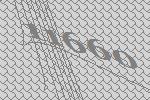
11660